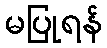
မပြုရန်